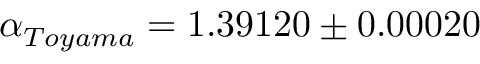
\alpha _ { { T o y a m a } } = 1 . 3 9 1 2 0 \pm 0 . 0 0 0 2 0